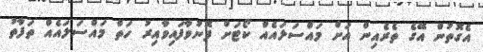
އެގޮތުން އޭގެ ތެރެއިން އަށް މައްސަލައެއް ކޯޓަށް ފޮނުވާފައިވާއިރު ހަތް މައްސަލައެއް ތަފާތު